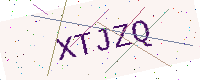
Text: XTJZQ